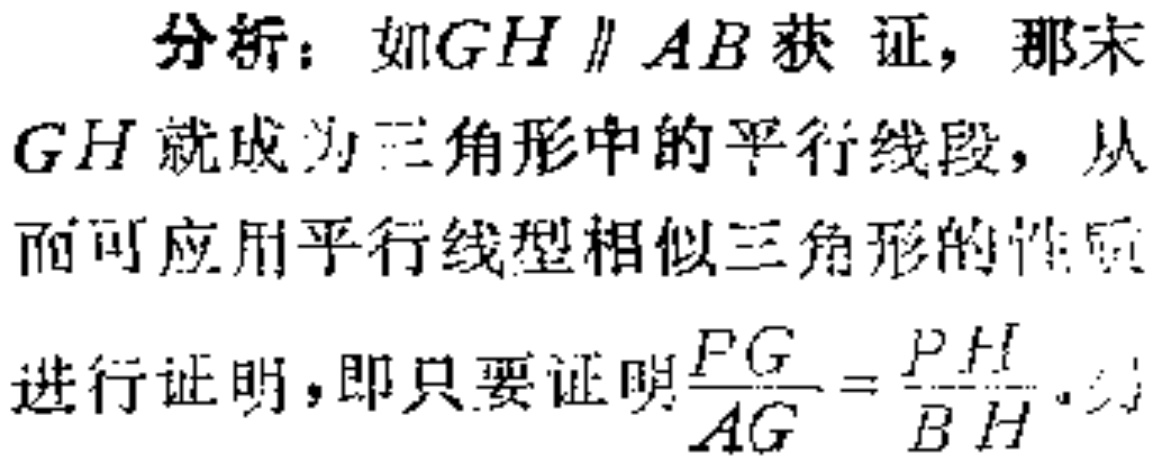
分析：如\(GH \parallel AB\)获证，那末\(GH\)就成为三角形中的平行线段，从而可应用平行线型相似三角形的性质进行证明，即只要证明\(\frac{FG}{AG}=\frac{PH}{BH}\)。